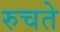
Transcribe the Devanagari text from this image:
रुचते